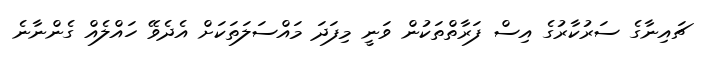
ޗައިނާގެ ސަރުކާރުގެ އިސް ފަރާތްތަކުން ވަނީ މިފަދަ މައްސަލަތަކަށް އެދެވޭ ހައްލެއް ގެންނާނެ